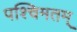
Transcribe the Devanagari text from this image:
पश्चिमतम्